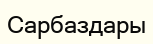
Сарбаздары